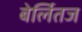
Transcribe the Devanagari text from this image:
बेर्लितज